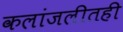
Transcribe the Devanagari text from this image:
कलांजलीतही